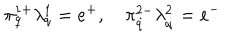
LaTeX: \pi _ { q } ^ { 1 + } \lambda _ { q } ^ { 1 } = e ^ { + } , \quad \pi _ { \dot { q } } ^ { 2 - } \lambda _ { \dot { q } } ^ { 2 } = e ^ { - }